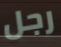
رجل